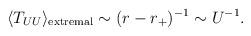
LaTeX: \begin{align*}\langle T_{UU} \rangle_{\rm extremal}\sim (r-r_+)^{-1} \sim U^{-1}.\end{align*}